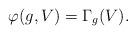
LaTeX: \begin{align*}\varphi(g, V)=\Gamma_g(V).\end{align*}